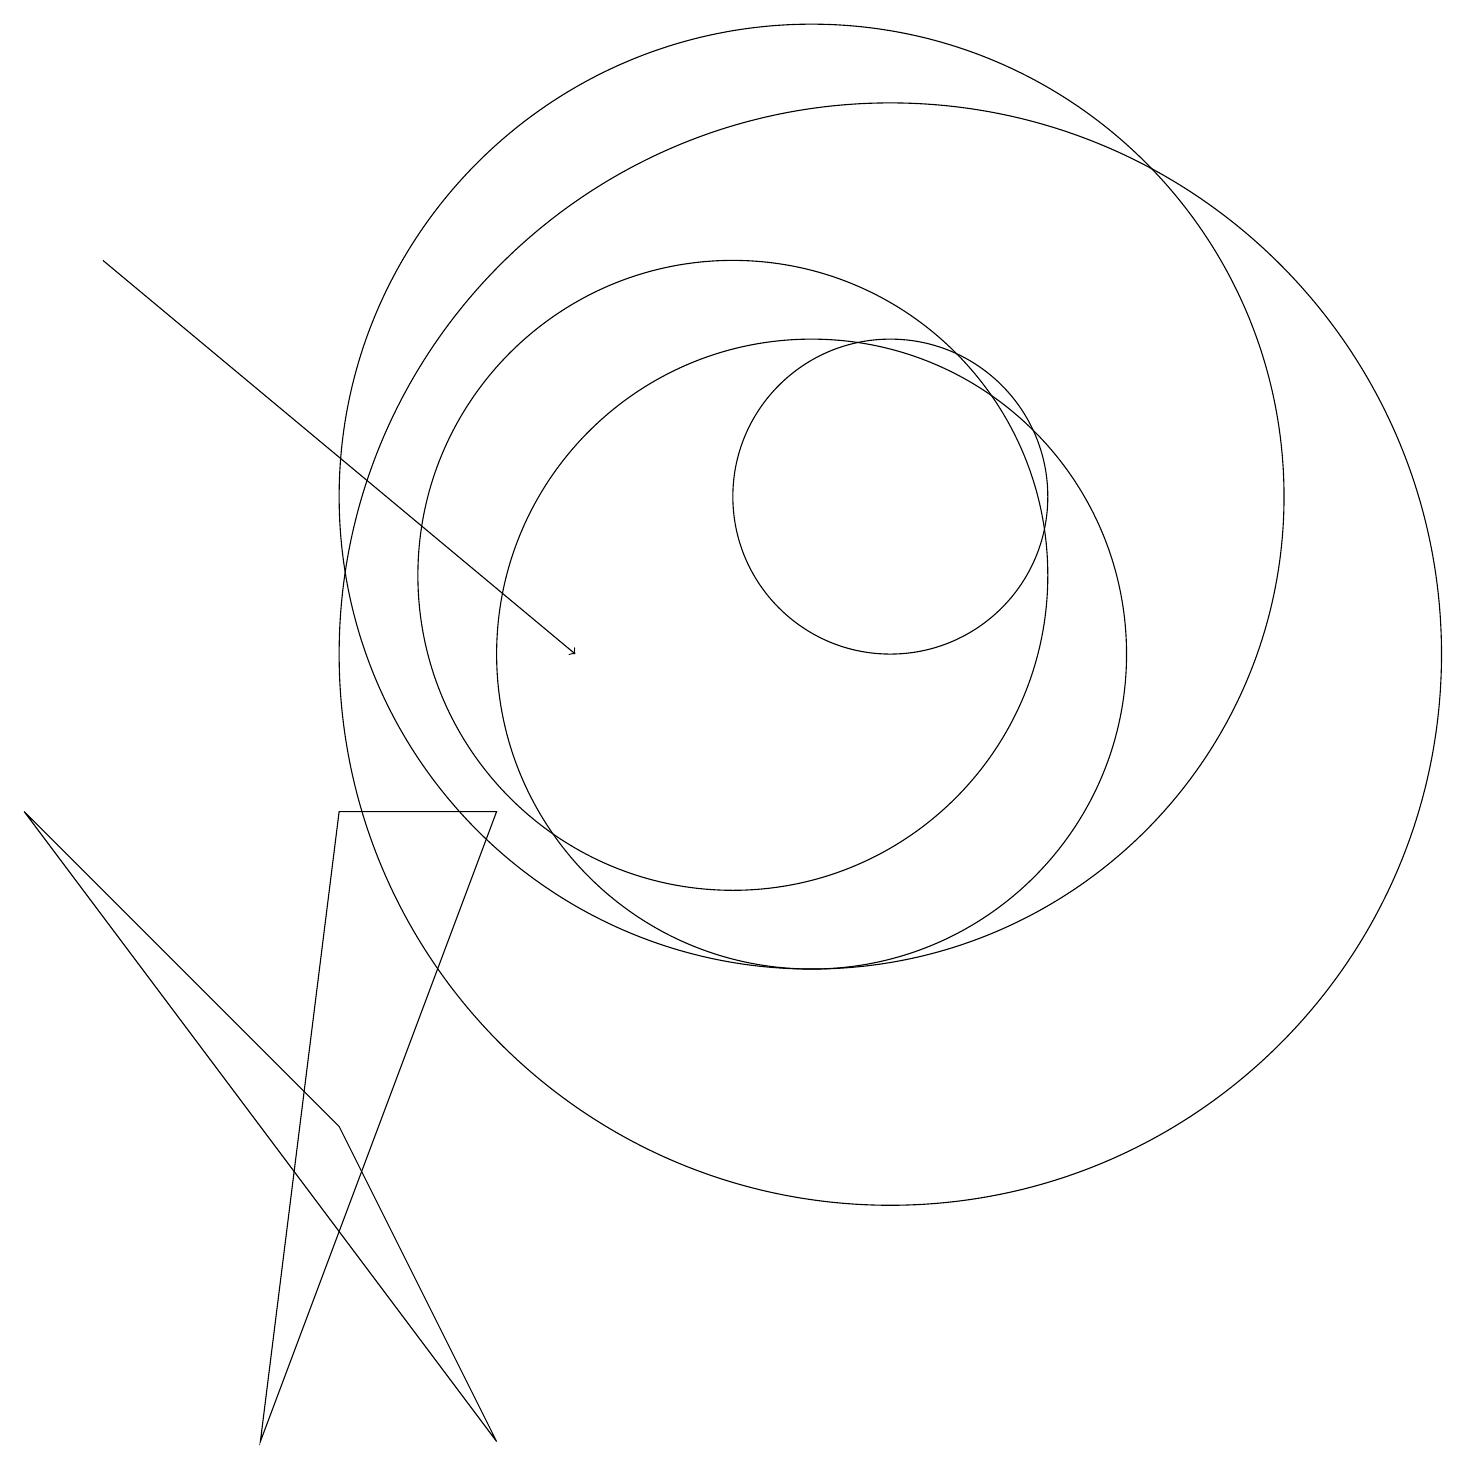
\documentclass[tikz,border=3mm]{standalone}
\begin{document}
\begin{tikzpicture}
\draw (11,12) circle (6);
\draw (11,10) circle (4);
\draw[->] (2,15) -- (8,10);
\draw (10,11) circle (4);
\draw (7,8) -- (5,8) -- (4,0) -- cycle;
\draw (12,10) circle (7);
\draw (5,4) -- (1,8) -- (7,0) -- cycle;
\draw (12,12) circle (2);
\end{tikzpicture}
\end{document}